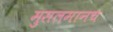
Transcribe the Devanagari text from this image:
मुसलमानच